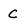
Character: c